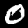
Digit: 0